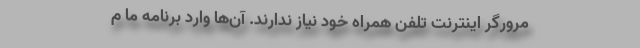
مرورگر اینترنت تلفن همراه خود نیاز ندارند. آن‌ها وارد برنامه ما م